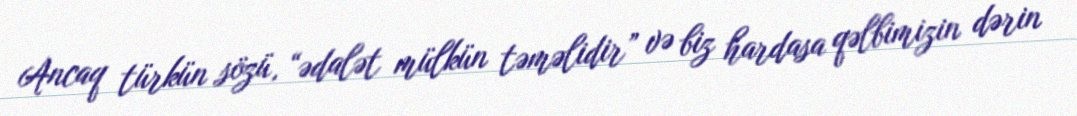
Ancaq türkün sözü, “ədalət mülkün təməlidir” və biz hardasa qəlbimizin dərin